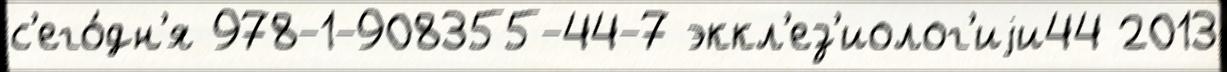
с'его́дн'я 978-1-908355-44-7 эккл'ез'иолог'иjи44 2013